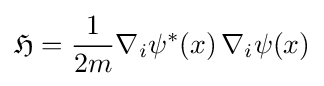
{\mathfrak {H}}={\frac {1}{2m}}\nabla _{i}\psi ^{*}(x)\,\nabla _{i}\psi (x)